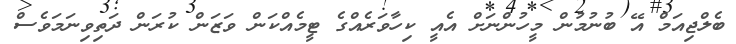
ބެލްޖިއަމް އޭ ބުނުމުން މީހުންނަށް އެއީ ކިހާވަރެއްގެ ޓީމެއްކަން ވަޒަން ކުރަން ދަތިވިނަމަވެސް